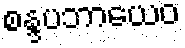
စန္ဒပဘာယေဝ